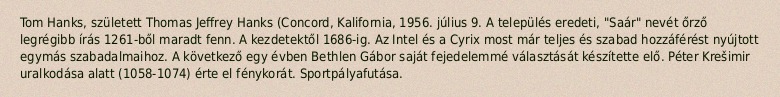
Tom Hanks, született Thomas Jeffrey Hanks (Concord, Kalifornia, 1956. július 9. A település eredeti, "Saár" nevét őrző legrégibb írás 1261-ből maradt fenn. A kezdetektől 1686-ig. Az Intel és a Cyrix most már teljes és szabad hozzáférést nyújtott egymás szabadalmaihoz. A következő egy évben Bethlen Gábor saját fejedelemmé választását készítette elő. Péter Krešimir uralkodása alatt (1058-1074) érte el fénykorát. Sportpályafutása.